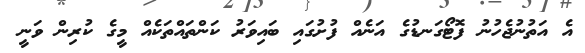
އެ އަތުނުޖެހުނު ފޮޓޯގަނޑުގެ އަނެއް ފުށުގައި ބައިވަރު ކަންތައްތަކެއް މީގެ ކުރިން ވަނީ